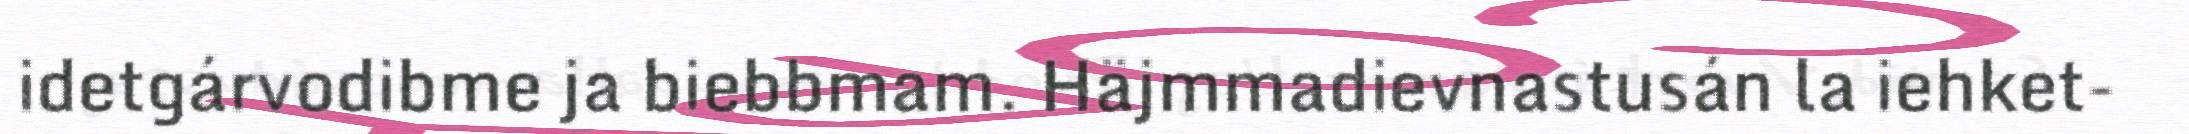
idetgárvodibme ja biebbmam. Häjmmadievnastusán la iehket-